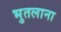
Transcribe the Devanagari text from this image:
भुतलाना